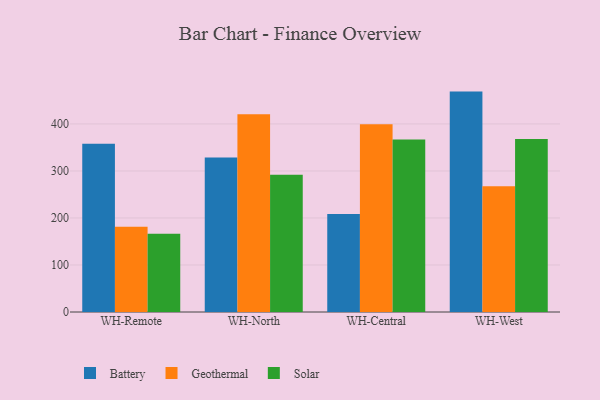
{"axis": {"x": "Warehouse", "y": "Customer Acquisition Cost (USD)"}, "legend": ["Battery", "Geothermal", "Solar"], "data": [{"x": "WH-Remote", "y": 357.7, "type": "Battery"}, {"x": "WH-Remote", "y": 181.5, "type": "Geothermal"}, {"x": "WH-Remote", "y": 166.3, "type": "Solar"}, {"x": "WH-North", "y": 328.7, "type": "Battery"}, {"x": "WH-North", "y": 420.6, "type": "Geothermal"}, {"x": "WH-North", "y": 292.0, "type": "Solar"}, {"x": "WH-Central", "y": 208.2, "type": "Battery"}, {"x": "WH-Central", "y": 399.6, "type": "Geothermal"}, {"x": "WH-Central", "y": 366.7, "type": "Solar"}, {"x": "WH-West", "y": 468.8, "type": "Battery"}, {"x": "WH-West", "y": 267.5, "type": "Geothermal"}, {"x": "WH-West", "y": 368.0, "type": "Solar"}]}